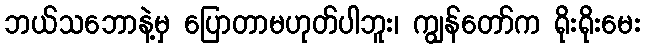
ဘယ်သဘောနဲ့မှ ပြောတာမဟုတ်ပါဘူး၊ ကျွန်တော်က ရိုးရိုးမေး